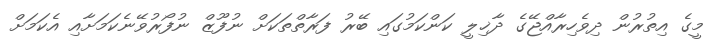
މީގެ އިތުރުން ދިވެހިރާއްޖޭގެ ދާޚިލީ ކަންކަމުގައި ބޭރު ފަރާތްތަކަށް ނުފޫޒް ނުފޯރުވޭނެކަމަށާއި އެކަމަށް